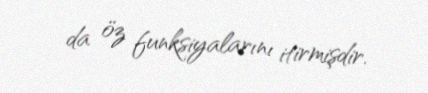
da öz funksiyalarını itirmişdir.